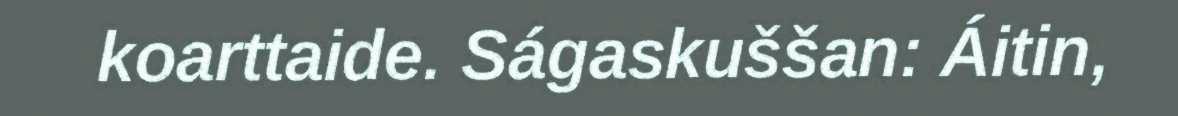
koarttaide. Ságaskuššan: Áitin,